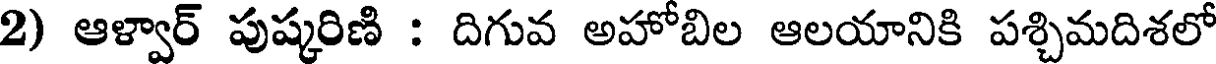
2) ఆళ్వార్ పుష్కరిణి : దిగువ అహోబిల ఆలయానికి పశ్చిమదిశలో